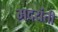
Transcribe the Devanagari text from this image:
मदयंती